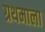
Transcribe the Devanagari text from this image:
ग्रथमाला